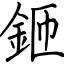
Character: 鉔